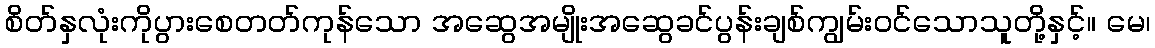
စိတ်နှလုံးကိုပွားစေတတ်ကုန်သော အဆွေအမျိုးအဆွေခင်ပွန်းချစ်ကျွမ်းဝင်သောသူတို့နှင့်။ မေ၊